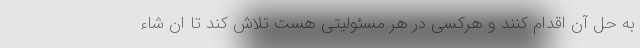
به حل آن اقدام کنند و هرکسی در هر مسئولیتی هست تلاش کند تا ان شاء